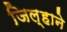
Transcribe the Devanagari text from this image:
जिल्हाने